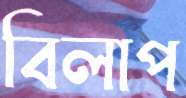
বিলাপ